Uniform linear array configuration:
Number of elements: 32
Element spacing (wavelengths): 0.5
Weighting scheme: hann
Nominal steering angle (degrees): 15
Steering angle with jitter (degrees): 14.265
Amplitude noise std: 0.05
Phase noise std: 0.05

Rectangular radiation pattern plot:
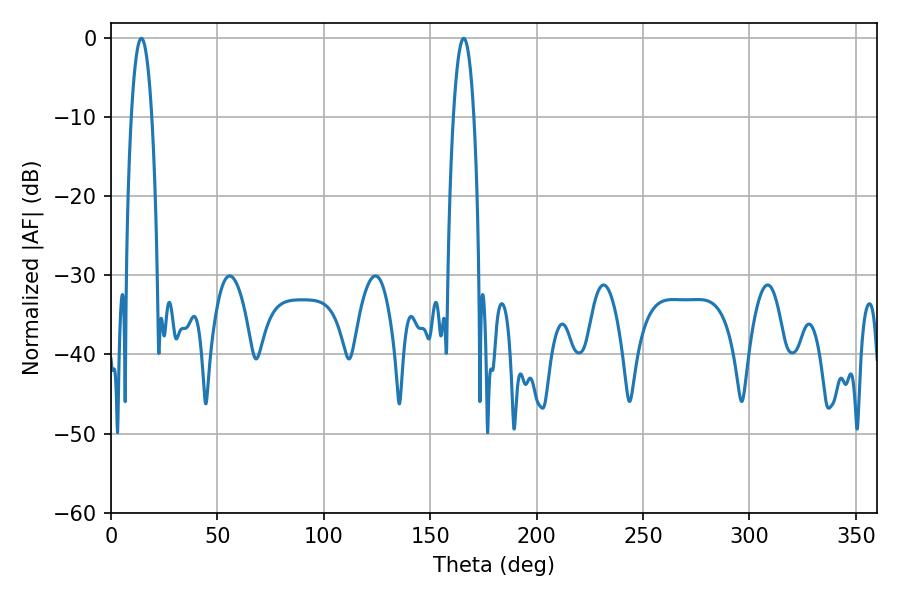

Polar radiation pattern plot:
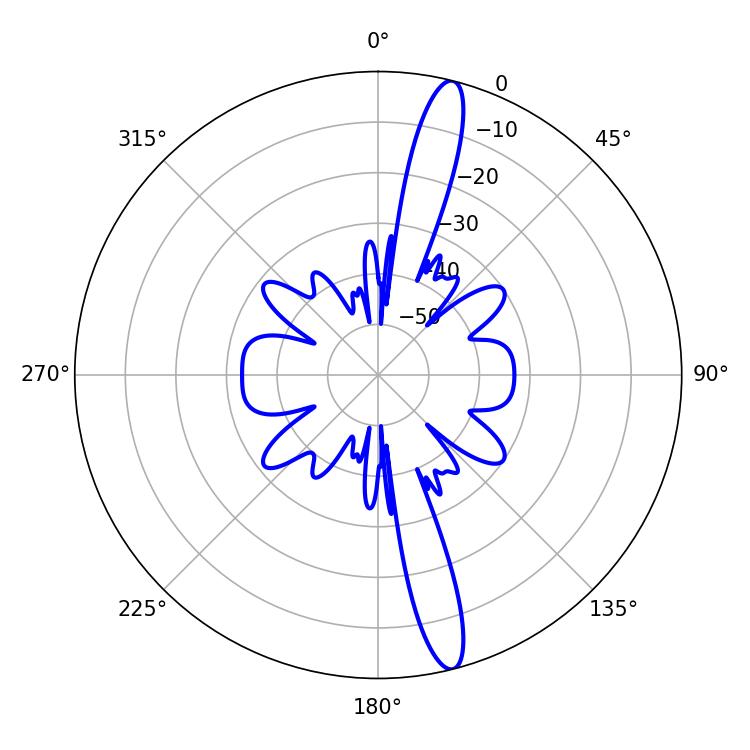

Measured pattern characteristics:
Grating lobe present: FALSE
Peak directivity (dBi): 16.045
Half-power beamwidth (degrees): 5.22
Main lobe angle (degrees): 14.22